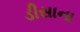
ડીસાના